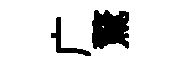
广驚